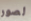
لصور